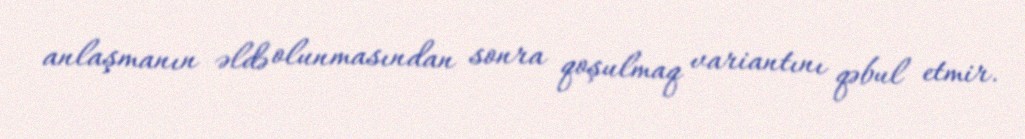
anlaşmanın əldə olunmasından sonra qoşulmaq variantını qəbul etmir.